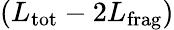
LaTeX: ({L}_{\mathrm{tot}}-2{L}_{\mathrm{frag}})